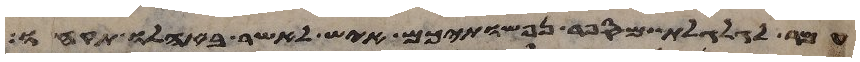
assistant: עמר לגלגלת מספר נפשתיכם איש לאשר באהלו תקחו